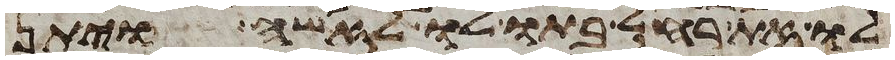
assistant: לו את רחל בתו לו לאשה ויתן